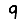
Digit: 9